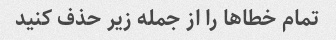
تمام خطاها را از جمله زیر حذف کنید